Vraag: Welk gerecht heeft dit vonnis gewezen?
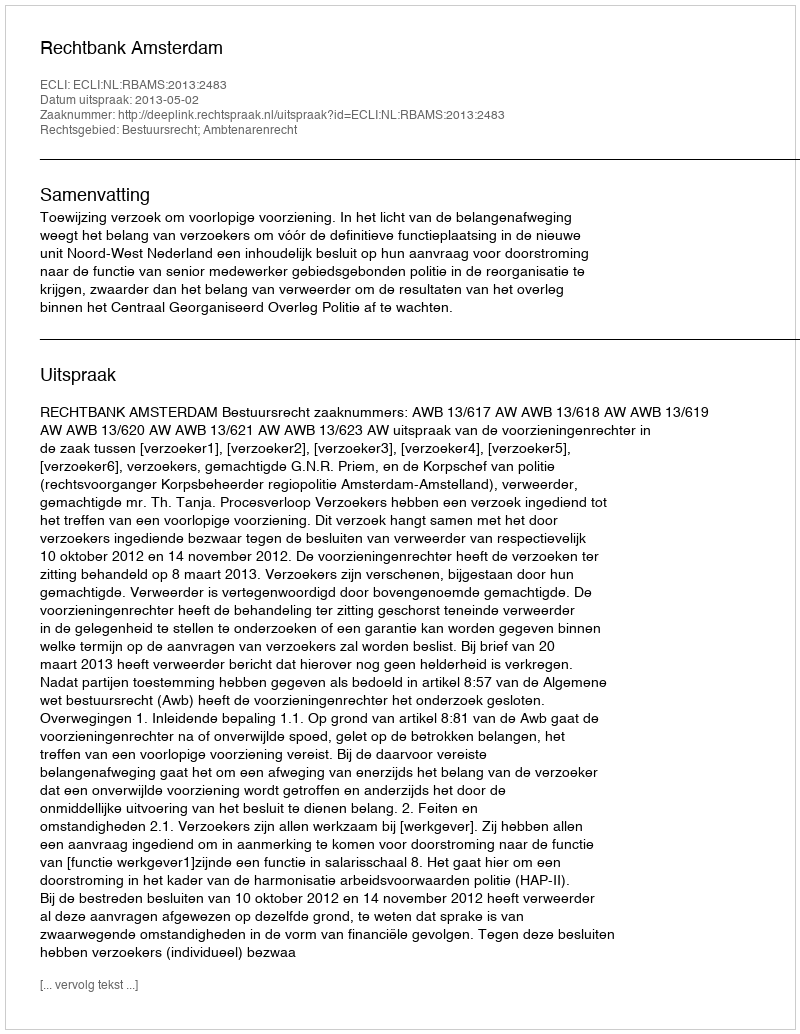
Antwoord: Rechtbank Amsterdam